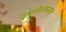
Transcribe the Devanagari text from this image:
प्रमेयकमल